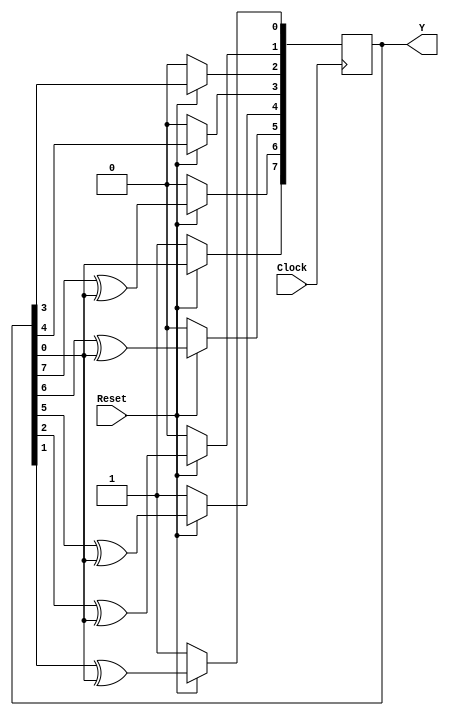
module Auto_LFSR_Param (Y, Clock, Reset);
  parameter 		Length = 8;
  parameter 		initial_state = 8'b1001_0001;	// Arbitrary initial state
  parameter [1: Length] 	Tap_Coefficient = 8'b1100_1111; 

  input 			Clock, Reset;
  output 	[1: Length] 	Y;
  reg	[1: Length] 	Y;
  integer			k;

  always @  (posedge Clock)
    if (!Reset) Y <= initial_state;	 
      else begin
        for (k = 2; k <= Length; k = k + 1)
          Y[k] <= Tap_Coefficient[Length-k+1] ? Y[k-1] ^ Y[Length] : Y[k-1];	 
          Y[1] <= Y[Length];
      end
 endmodule